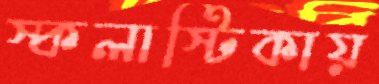
স্কলাস্টিকায়